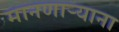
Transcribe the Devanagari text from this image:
मानणार्‍याना